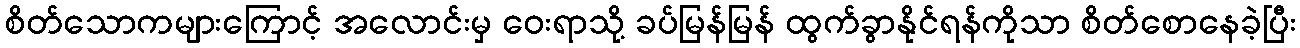
စိတ်သောကများကြောင့် အလောင်းမှ ဝေးရာသို့ ခပ်မြန်မြန် ထွက်ခွာနိုင်ရန်ကိုသာ စိတ်စောနေခဲ့ပြီး